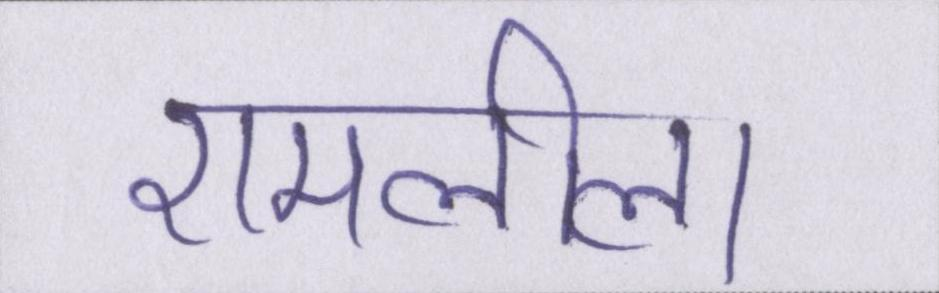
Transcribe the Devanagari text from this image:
रामलीला